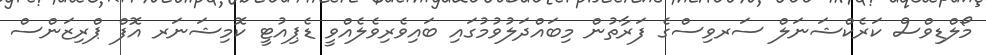
މޯލްޑިވްސް ކަރެކްޝަނަލް ސަރވިސްގެ ފަރާތުން މިބައްދަލުވުމުގައި ބައިވެރިވެލެއްވީ ޑެޕިއުޓީ ކޮމިޝަނަރ އޮފް ޕްރިޒަންސް